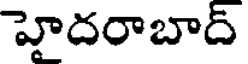
హైదరాబాద్